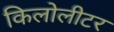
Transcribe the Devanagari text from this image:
किलोलीटर